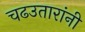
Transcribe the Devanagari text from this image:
चढउतारांनी